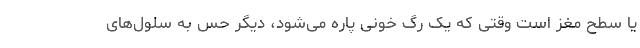
یا سطح مغز است وقتی که یک رگ خونی پاره می‌شود، دیگر حس به سلول‌های